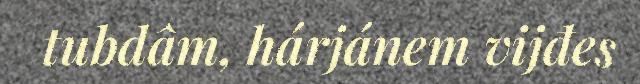
tubdâm, hárjánem vijđes